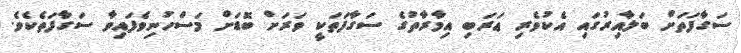
ސަގާފަތަށް ބަލާއިރުގައި އެކުވެރި ޢަރަބި އިމާރާތުގެ ސަގާފަތަކީ ވަރަށް ބޮޑަށް މަސްހުނިވެފައިވާ ސަގާފަތެކެވެ.